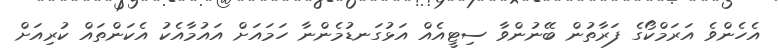
އެހެންވެ އަރަމްކޯގެ ފަރާތުން ބޭނުންވާ ސިޓީއެއް އަޅުގަނޑުމެންނާ ހަމައަށް އައުމާއެކު އެކަންތައް ކުރިއަށް